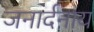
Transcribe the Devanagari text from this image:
जनार्दनाय